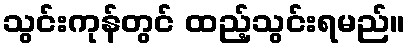
သွင်းကုန်တွင် ထည့်သွင်းရမည်။